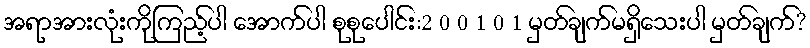
အရာအားလုံးကိုကြည့်ပါ အောက်ပါ စုစုပေါင်း:2 0 0 1 0 1 မှတ်ချက်မရှိသေးပါ မှတ်ချက်?